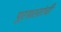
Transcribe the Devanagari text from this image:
पूरग्रस्तांची